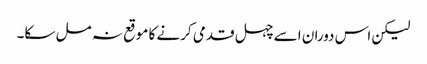
لیکن اس دوران اسے چہل قدمی کرنے کا موقع نہ مل سکا۔